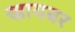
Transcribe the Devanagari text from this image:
खायबर